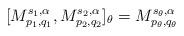
LaTeX: \begin{align*}[M_{p_1, q_1}^{s_1, \alpha}, M_{p_2, q_2}^{s_2,\alpha}]_{\theta}=M_{p_{\theta}, q_{\theta}}^{s_{\theta}, \alpha}\end{align*}